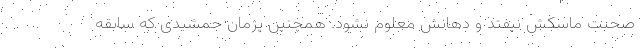
صحبت ماسکش نیفتد و دهانش معلوم نشود. همچنین پژمان جمشیدی که سابقه